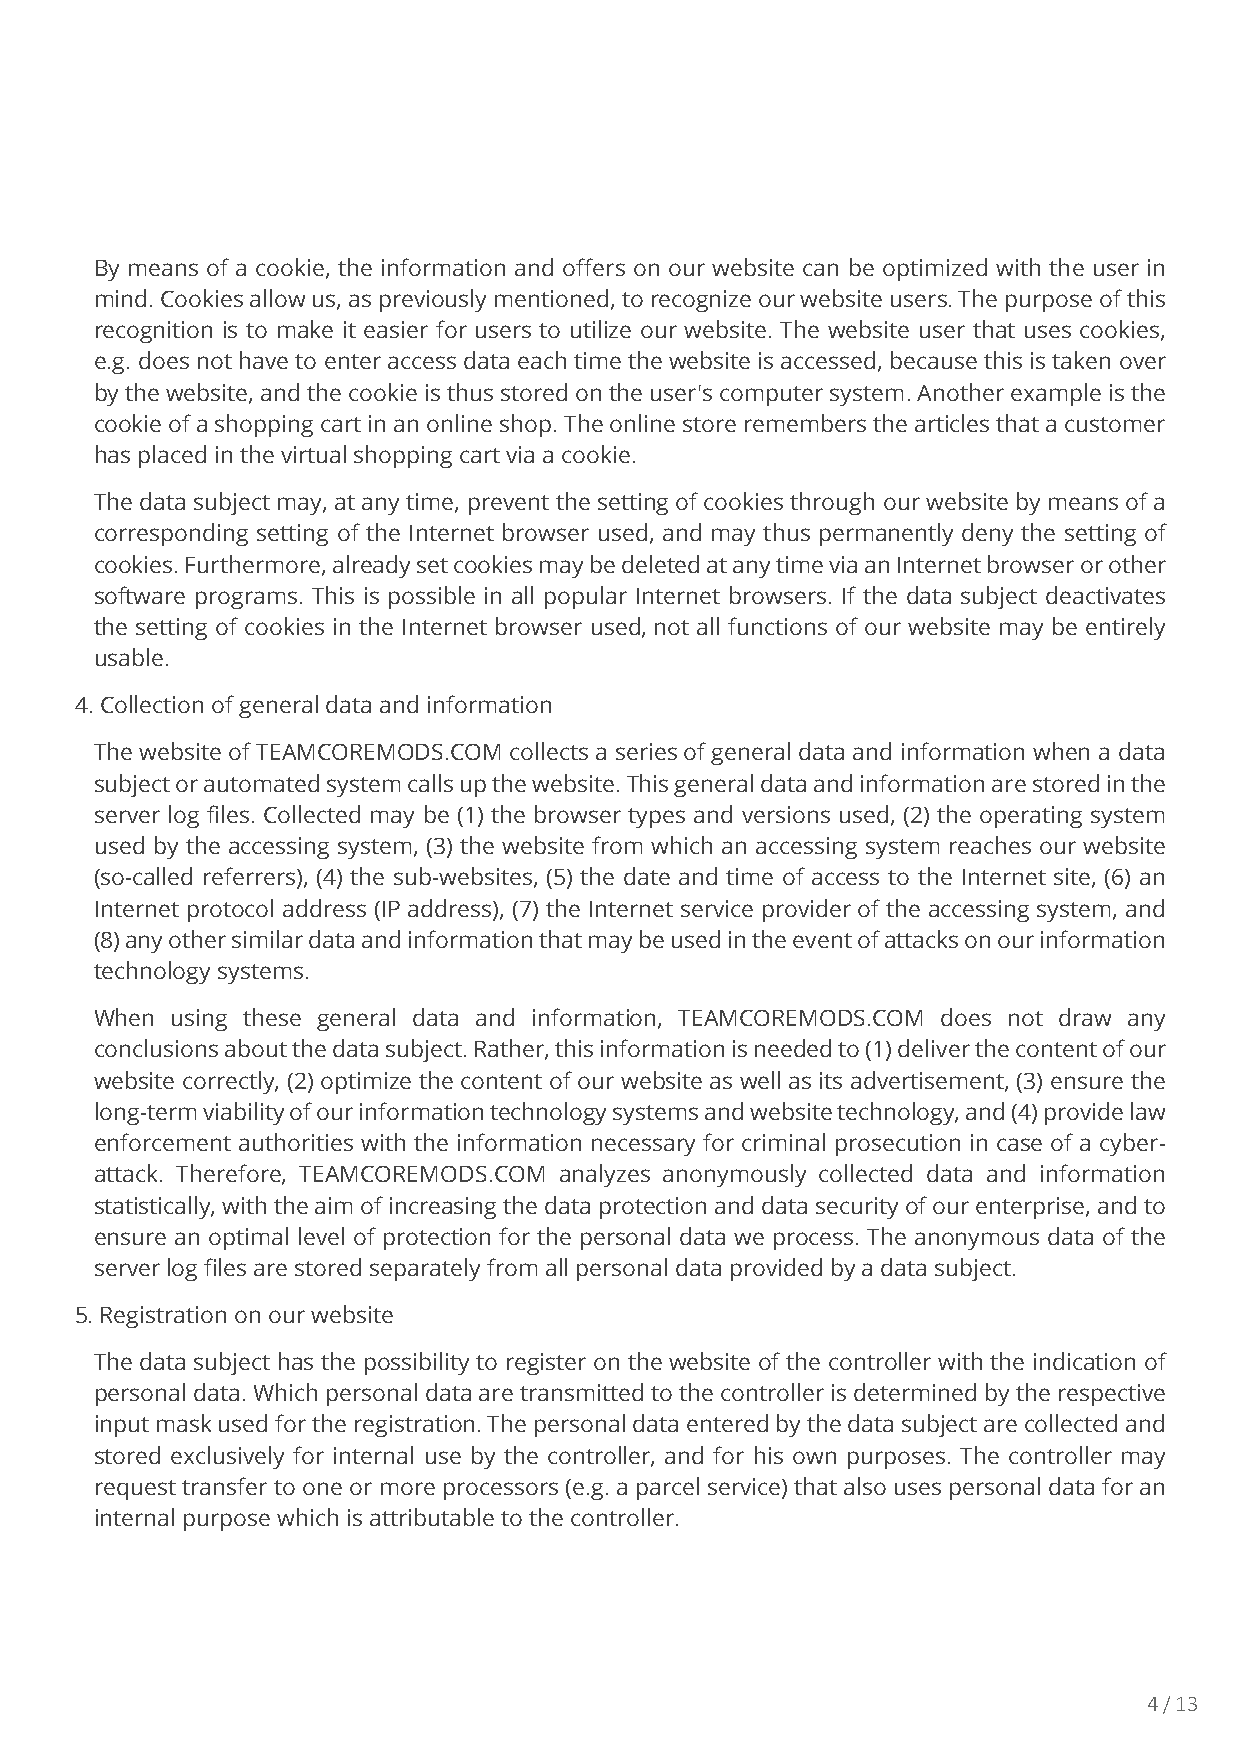
By means of a cookie, the information and offers on our website can be optimized with the user in
 mind. Cookies allow us, as previously mentioned, to recognize our website users. The purpose of this
 recognition is to make it easier for users to utilize our website. The website user that uses cookies,
 e.g. does not have to enter access data each time the website is accessed, because this is taken over
 by the website, and the cookie is thus stored on the user's computer system. Another example is the
 cookie of a shopping cart in an online shop. The online store remembers the articles that a customer
 has placed in the virtual shopping cart via a cookie.
 The data subject may, at any time, prevent the setting of cookies through our website by means of a
 corresponding setting of the Internet browser used, and may thus permanently deny the setting of
 cookies. Furthermore, already set cookies may be deleted at any time via an Internet browser or other
 software programs. This is possible in all popular Internet browsers. If the data subject deactivates
 the setting of cookies in the Internet browser used, not all functions of our website may be entirely
 usable.
 4. Collection of general data and information
 The website of TEAMCOREMODS.COM collects a series of general data and information when a data
 subject or automated system calls up the website. This general data and information are stored in the
 server log files. Collected may be (1) the browser types and versions used, (2) the operating system
 used by the accessing system, (3) the website from which an accessing system reaches our website
 (so-called referrers), (4) the sub-websites, (5) the date and time of access to the Internet site, (6) an
 Internet protocol address (IP address), (7) the Internet service provider of the accessing system, and
 (8) any other similar data and information that may be used in the event of attacks on our information
 technology systems.
 When using these general data and information, TEAMCOREMODS.COM does not draw any
 conclusions about the data subject. Rather, this information is needed to (1) deliver the content of our
 website correctly, (2) optimize the content of our website as well as its advertisement, (3) ensure the
 long-term viability of our information technology systems and website technology, and (4) provide law
 enforcement authorities with the information necessary for criminal prosecution in case of a cyber-
 attack. Therefore, TEAMCOREMODS.COM analyzes anonymously collected data and information
 statistically, with the aim of increasing the data protection and data security of our enterprise, and to
 ensure an optimal level of protection for the personal data we process. The anonymous data of the
 server log files are stored separately from all personal data provided by a data subject.
 5. Registration on our website
 The data subject has the possibility to register on the website of the controller with the indication of
 personal data. Which personal data are transmitted to the controller is determined by the respective
 input mask used for the registration. The personal data entered by the data subject are collected and
 stored exclusively for internal use by the controller, and for his own purposes. The controller may
 request transfer to one or more processors (e.g. a parcel service) that also uses personal data for an
 internal purpose which is attributable to the controller.
 4 / 13